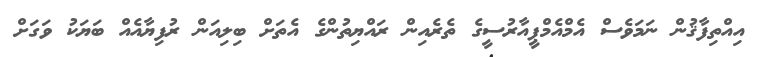
އިއްތިފާޤުން ނަމަވެސް އެމްއެމްޕީއާރުސީގެ ތެރެއިން ރައްޔިތުންގެ އެތަށް ބިލިއަން ރުފިޔާއެއް ބަޔަކު ވަގަށް